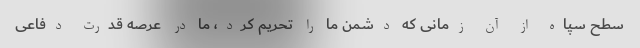
سطح سپاه از آن زمانی که دشمن ما را تحریم کرد، ما در عرصه قدرت دفاعی